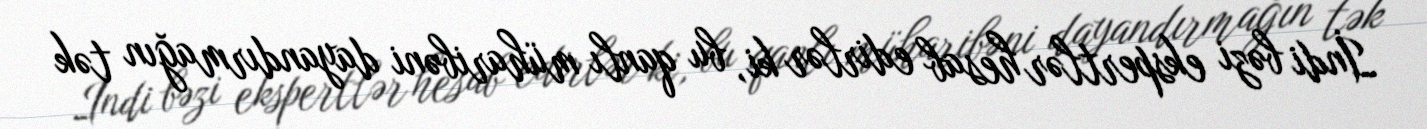
İndi bəzi ekspertlər hesab edirlər ki, bu qanlı müharibəni dayandırmağın tək